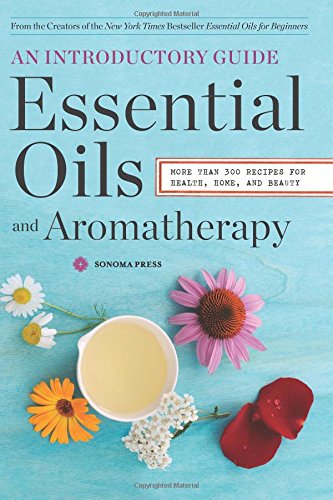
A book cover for Essential Oils & Aromatherapy, An Introductory Guide: More Than 300 Recipes for Health, Home and Beauty; Health, Fitness & Dieting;